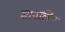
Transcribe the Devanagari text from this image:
ज्ञानलिंग